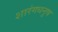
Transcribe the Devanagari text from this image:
शारंगधनुष